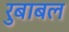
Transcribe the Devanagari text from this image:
रुबाबल